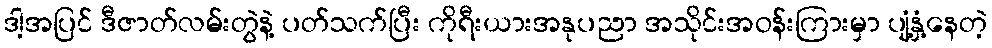
ဒါ့အပြင် ဒီဇာတ်လမ်းတွဲနဲ့ ပတ်သက်ပြီး ကိုရီးယားအနုပညာ အသိုင်းအဝန်းကြားမှာ ပျံ့နှံ့နေတဲ့